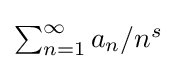
{\textstyle \sum _{n=1}^{\infty }a_{n}/n^{s}}